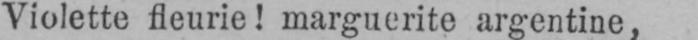
Violette fleurie! marguerite argentine,